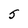
Character: S